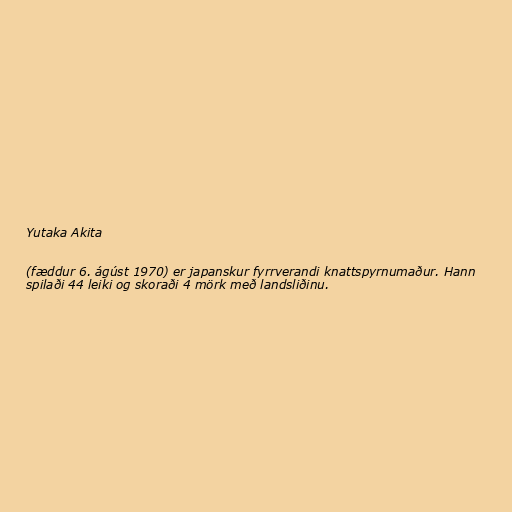
Yutaka Akita

(fæddur 6. ágúst 1970) er japanskur fyrrverandi knattspyrnumaður. Hann
spilaði 44 leiki og skoraði 4 mörk með landsliðinu.